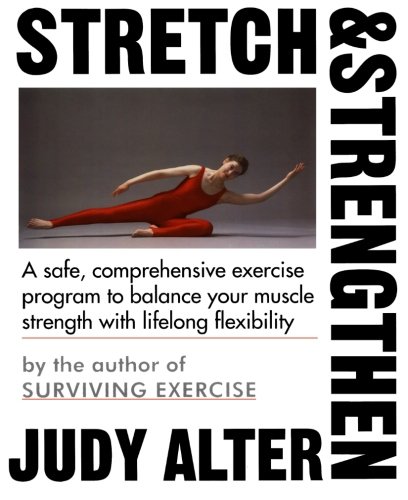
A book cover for Stretch and Strengthen; Judith B. Alter; Health, Fitness & Dieting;